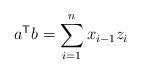
LaTeX: \begin{align*}a^\mathsf{T} b=\sum_{i=1}^{n} x_{i-1}z_i\end{align*}